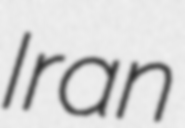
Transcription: Iran